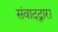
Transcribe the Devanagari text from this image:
संवादद्वारा